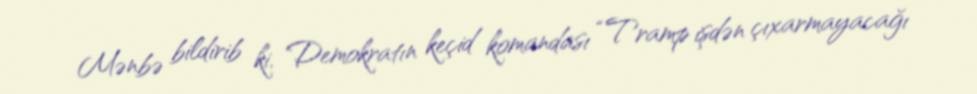
Mənbə bildirib ki, Demokratın keçid komandası “Tramp işdən çıxarmayacağı